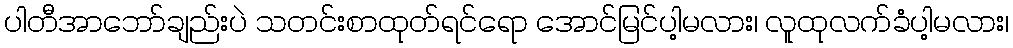
ပါတီအာဘော်ချည်းပဲ သတင်းစာထုတ်ရင်ရော အောင်မြင်ပါ့မလား၊ လူထုလက်ခံပါ့မလား၊